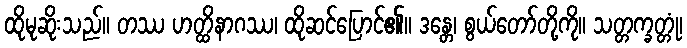
ထိုမုဆိုးသည်။ တဿ ဟတ္ထိနာဂဿ၊ ထိုဆင်ပြောင်၏။ ဒန္တေ၊ စွယ်တော်တို့ကို။ သတ္တက္ခတ္တုံ၊